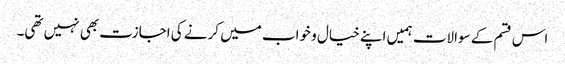
اس قسم کے سوالات ہمیں اپنے خیال و خواب میں کرنے کی اجازت بھی نہیں تھی۔